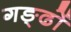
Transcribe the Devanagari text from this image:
गङ्ढों